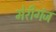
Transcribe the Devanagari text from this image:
मेरीगंज